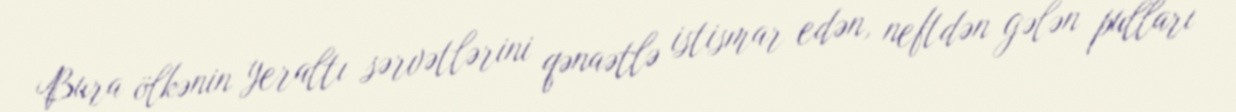
Bura ölkənin yeraltı sərvətlərini qənaətlə istismar edən, neftdən gələn pulları